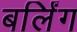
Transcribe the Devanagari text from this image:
बर्लिंग